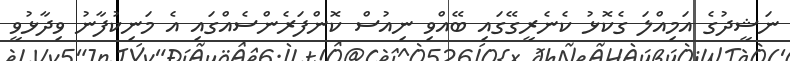
ނަޝީދުގެ އަމިއްލަ ގެކޮޅު ކެނެރީގޭގައި ބޭއްވި ނިއުސް ކޮންފަރެންސެއްގައި އެ މަނިކުފާނު ވިދާޅުވީ